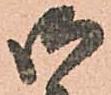
御